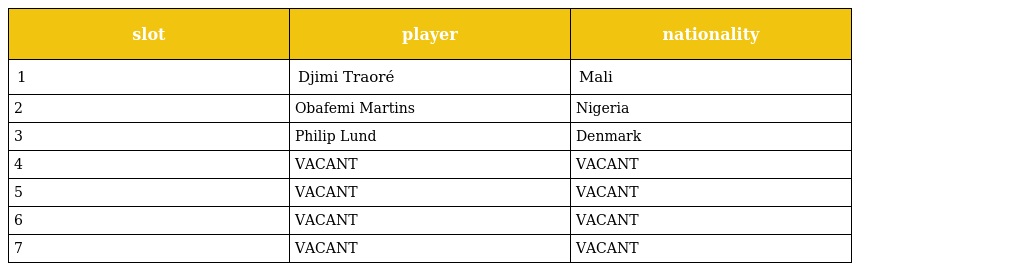
| slot | player | nationality |
 | --- | --- | --- |
 | 1 | Djimi Traoré | Mali |
 | 2 | Obafemi Martins | Nigeria |
 | 3 | Philip Lund | Denmark |
 | 4 | VACANT | VACANT |
 | 5 | VACANT | VACANT |
 | 6 | VACANT | VACANT |
 | 7 | VACANT | VACANT |